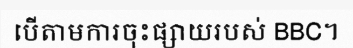
បើតាមការចុះផ្សាយរបស់ BBC។